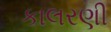
કાલરણી